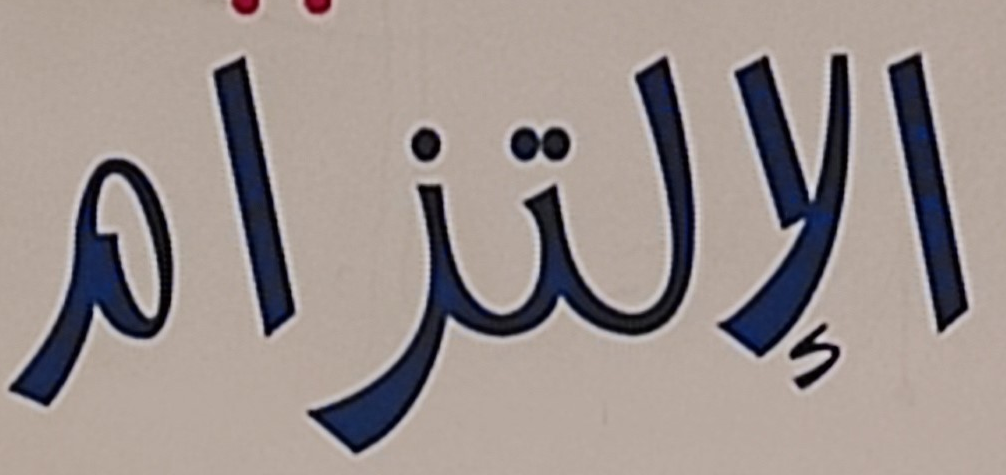
الإلتزام